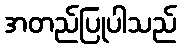
အတည်ပြုပါသည်